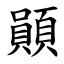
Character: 䫟